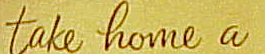
take home a